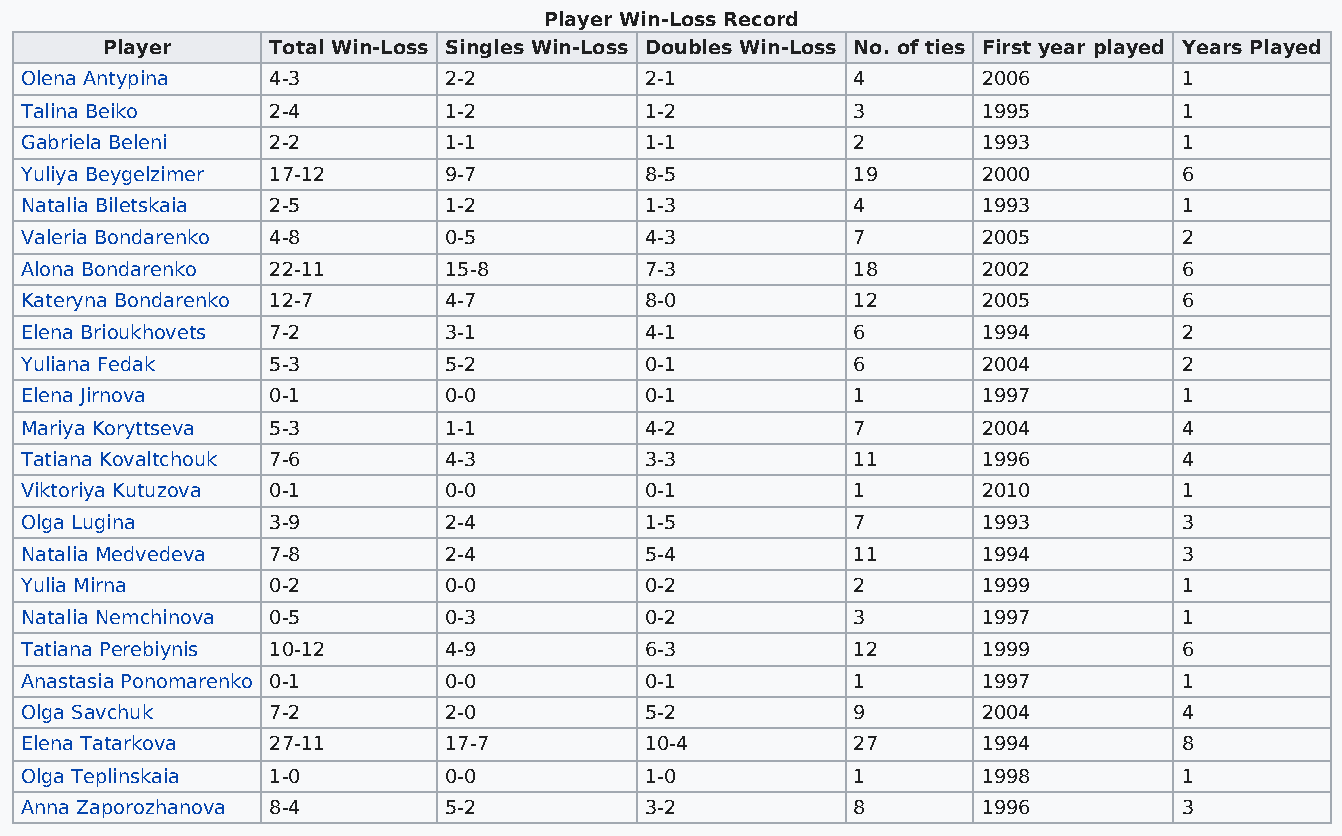
Player Win-Loss Record
 Player     Total Win-Loss Singles Win-Loss Doubles Win-Loss No. of ties First year played Years Played
 Olena Antypina   4-3        2-2           2-1          4        2006         1
 Talina Beiko     2-4        1-2           1-2          3        1995         1
 Gabriela Beleni  2-2        1-1           1-1          2        1993         1
 Yuliya Beygelzimer 17-12    9-7           8-5          19       2000         6
 Natalia Biletskaia 2-5      1-2           1-3          4        1993         1
 Valeria Bondarenko 4-8      0-5           4-3          7        2005         2
 Alona Bondarenko 22-11      15-8          7-3          18       2002         6
 Kateryna Bondarenko 12-7    4-7           8-0          12       2005         6
 Elena Brioukhovets 7-2      3-1           4-1          6        1994         2
 Yuliana Fedak    5-3        5-2           0-1          6        2004         2
 Elena Jirnova    0-1        0-0           0-1          1        1997         1
 Mariya Koryttseva 5-3       1-1           4-2          7        2004         4
 Tatiana Kovaltchouk 7-6     4-3           3-3          11       1996         4
 Viktoriya Kutuzova 0-1      0-0           0-1          1        2010         1
 Olga Lugina      3-9        2-4           1-5          7        1993         3
 Natalia Medvedeva 7-8       2-4           5-4          11       1994         3
 Yulia Mirna      0-2        0-0           0-2          2        1999         1
 Natalia Nemchinova 0-5      0-3           0-2          3        1997         1
 Tatiana Perebiynis 10-12    4-9           6-3          12       1999         6
 Anastasia Ponomarenko 0-1   0-0           0-1          1        1997         1
 Olga Savchuk     7-2        2-0           5-2          9        2004         4
 Elena Tatarkova  27-11      17-7          10-4         27       1994         8
 Olga Teplinskaia 1-0        0-0           1-0          1        1998         1
 Anna Zaporozhanova 8-4      5-2           3-2          8        1996         3